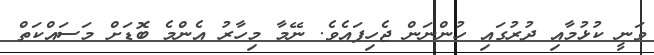
ވަނީ ކުޅުމާއި ދުރުގައި ހުންނަން ޖެހިފައެވެ. ނޭމާ މިހާރު އެންމެ ބޮޑަށް މަސައްކަތް